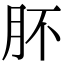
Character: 肧